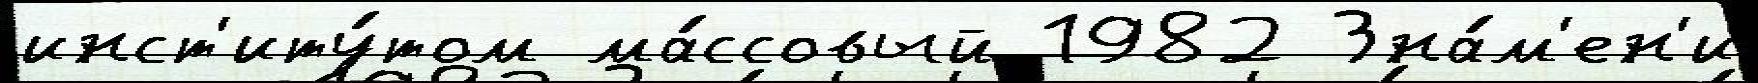
инст'иту́том ма́ссовый 1982 Зна́м'ен'и